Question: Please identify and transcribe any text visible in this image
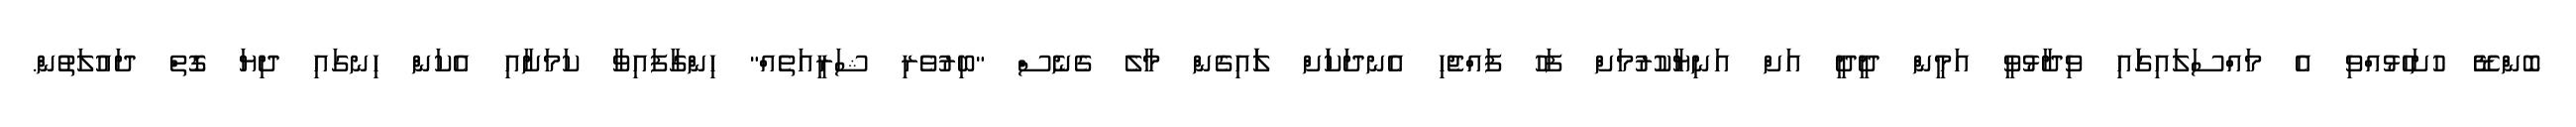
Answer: ބޮންޑޭޭ ހުށަހެޅުއްވި އެ މައްސަލައިގަައި ވިދާޅުވީ އަމީން ދީދީ އަށް އަނިޔާކުރުމަށް ފަހު ފައްޖެހި އެނދަކަަށް ލަައިގެން މާލެ ގެނެސް "ބިރުވެރި ޝަރީއަތެއް" ހިންގާފައިވާ ކަމަށާއި އެކަން ހިނގައި ދިޔަ ގޮތް ދައުލަތުން.